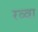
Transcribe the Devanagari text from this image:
रव्वा